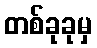
တစ်ခုခုမှ